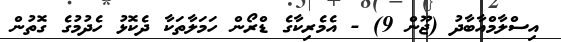
އިސްލާމްއާބާދު (ޖޫން 9) - އެމެރިކާގެ ޑްރޯން ހަމަލާތަކާ ދެކޮޅު ހެދުމުގެ ގޮތުން